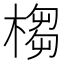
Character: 㮲